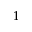
^ 1